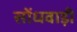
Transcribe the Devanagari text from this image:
सोंधवाड़ी